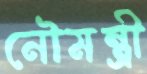
নৌমন্ত্রী